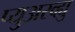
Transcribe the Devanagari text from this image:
प्युअरव्ह्यु